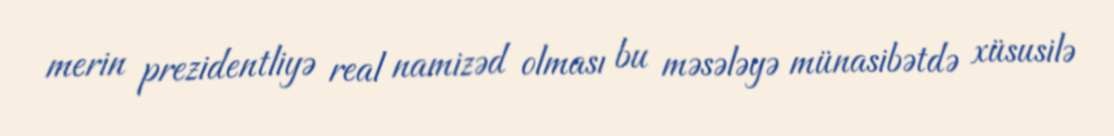
merin prezidentliyə real namizəd olması bu məsələyə münasibətdə xüsusilə